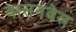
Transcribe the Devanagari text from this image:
वासनवेल